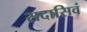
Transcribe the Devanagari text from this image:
सदासिवं